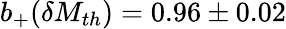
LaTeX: b_{+}(\delta M_{th})=0.96\pm 0.02